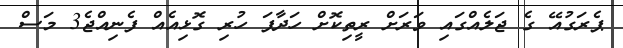
ޕެރަގުއޭ ގެ ޖަލެއްގައި ވަރަށް ރީތިކޮށް ހަދާފަ ހުރި ގޮޅިއެއް ފެނިއްޖެ3 މަސް